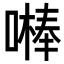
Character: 𠾴